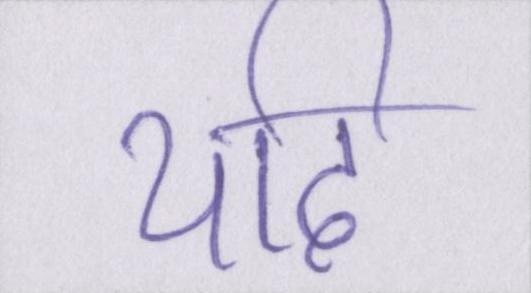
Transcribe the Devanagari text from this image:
यदि